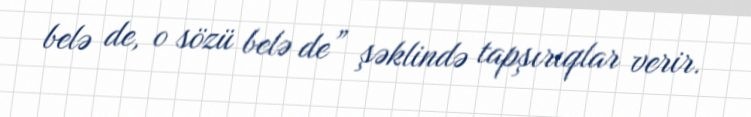
belə de, o sözü belə de” şəklində tapşırıqlar verir.